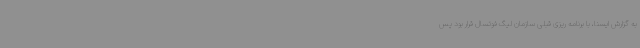
به گزارش ایسنا، با برنامه ریزی قبلی سازمان لیگ فوتسال قرار بود پس